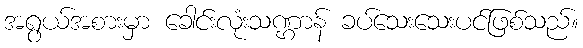
အရွယ်အစားမှာ ခေါင်းလုံးသဏ္ဌာန် ခပ်သေးသေးပင်ဖြစ်သည်။